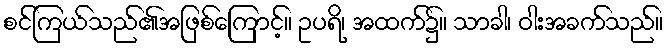
စင်ကြယ်သည်၏အဖြစ်ကြောင့်။ ဥပရိ၊ အထက်၌။ သာခါ၊ ဝါးအခက်သည်။